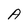
Character: A